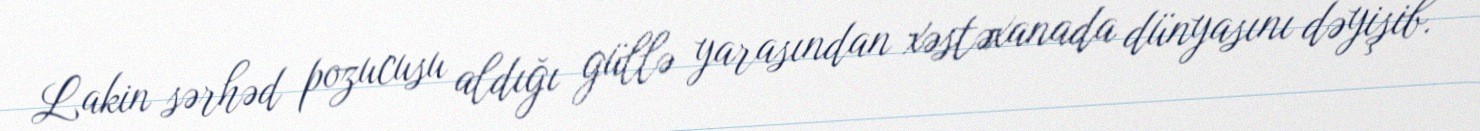
Lakin sərhəd pozucusu aldığı güllə yarasından xəstəxanada dünyasını dəyişib.